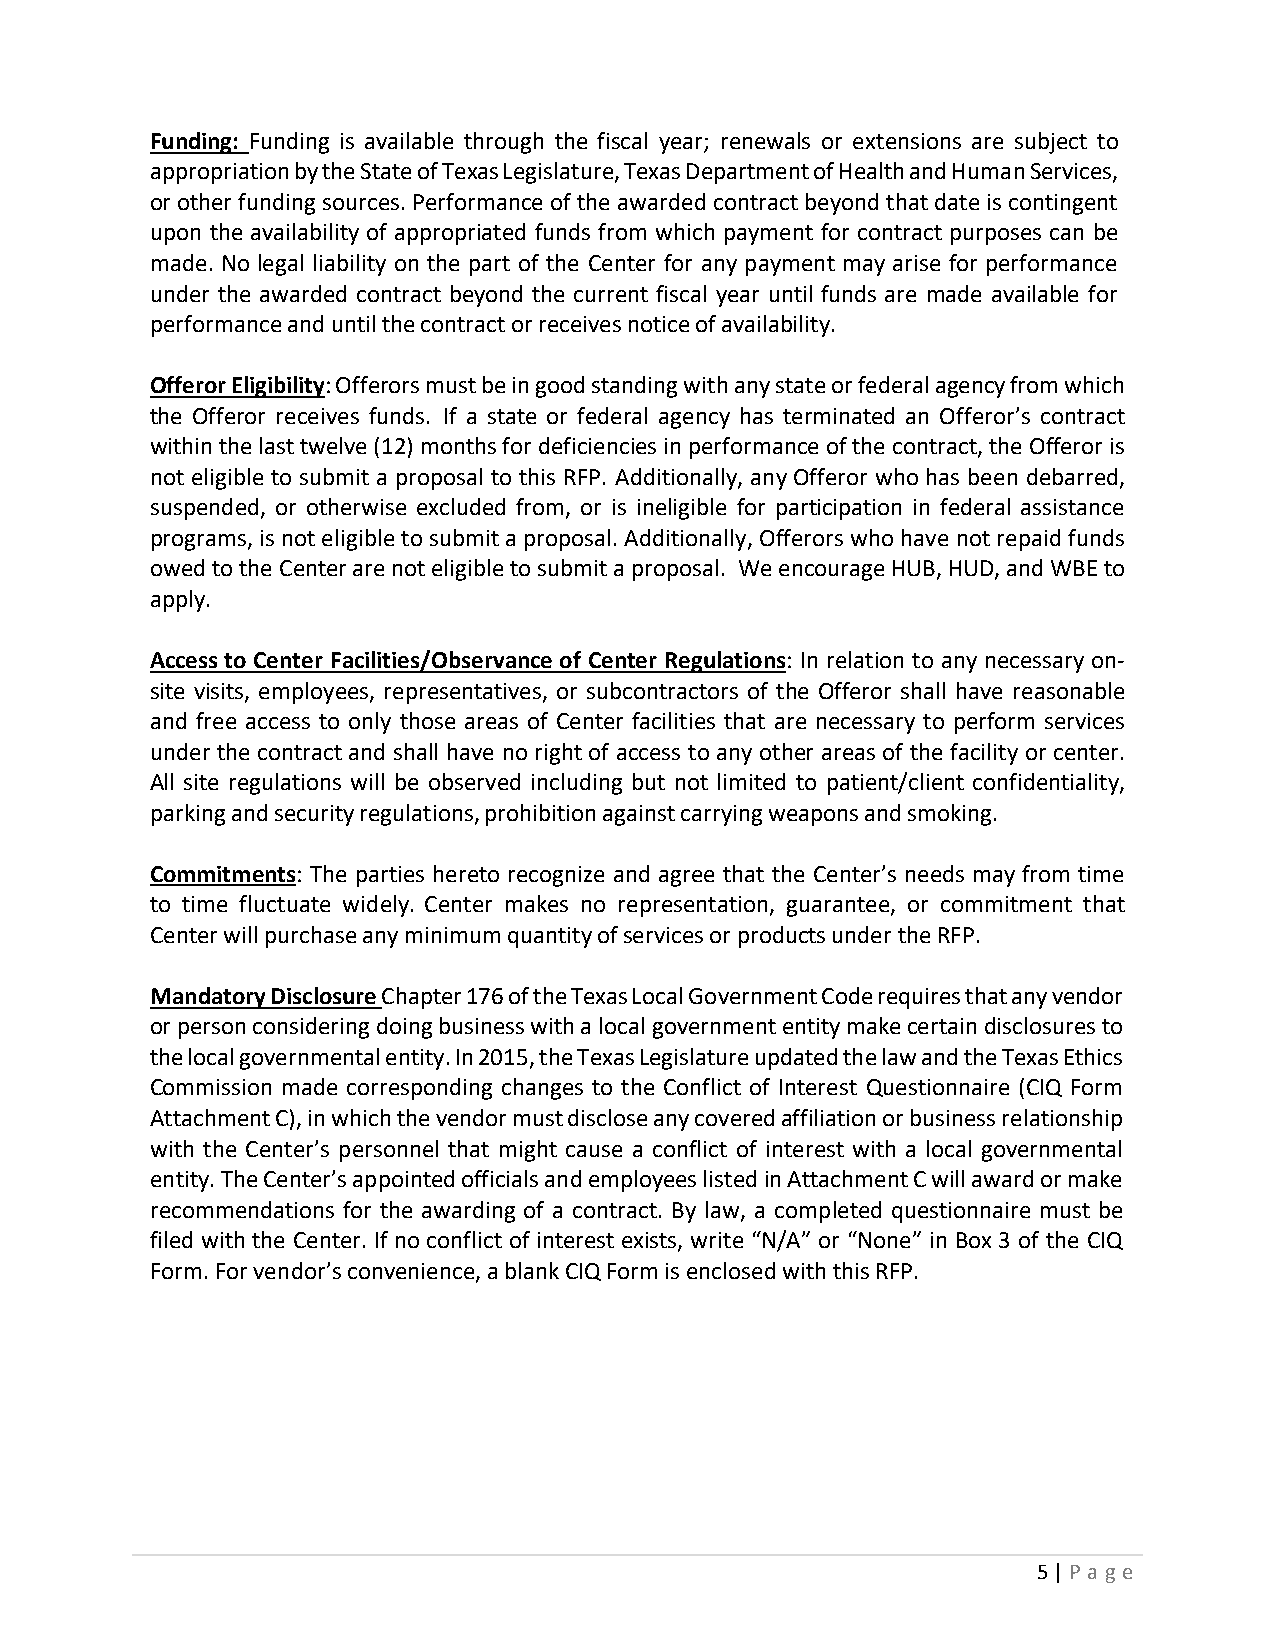
Funding: Funding is available through the fiscal year; renewals or extensions are subject to
 appropriation by the State of Texas Legislature, Texas Department of Health and Human Services,
 or other funding sources. Performance of the awarded contract beyond that date is contingent
 upon the availability of appropriated funds from which payment for contract purposes can be
 made. No legal liability on the part of the Center for any payment may arise for performance
 under the awarded contract beyond the current fiscal year until funds are made available for
 performance and until the contract or receives notice of availability.
 Offeror Eligibility: Offerors must be in good standing with any state or federal agency from which
 the Offeror receives funds. If a state or federal agency has terminated an Offeror’s contract
 within the last twelve (12) months for deficiencies in performance of the contract, the Offeror is
 not eligible to submit a proposal to this RFP. Additionally, any Offeror who has been debarred,
 suspended, or otherwise excluded from, or is ineligible for participation in federal assistance
 programs, is not eligible to submit a proposal. Additionally, Offerors who have not repaid funds
 owed to the Center are not eligible to submit a proposal. We encourage HUB, HUD, and WBE to
 apply.
 Access to Center Facilities/Observance of Center Regulations: In relation to any necessary on‐
 site visits, employees, representatives, or subcontractors of the Offeror shall have reasonable
 and free access to only those areas of Center facilities that are necessary to perform services
 under the contract and shall have no right of access to any other areas of the facility or center.
 All site regulations will be observed including but not limited to patient/client confidentiality,
 parking and security regulations, prohibition against carrying weapons and smoking.
 Commitments: The parties hereto recognize and agree that the Center’s needs may from time
 to time fluctuate widely. Center makes no representation, guarantee, or commitment that
 Center will purchase any minimum quantity of services or products under the RFP.
 Mandatory Disclosure Chapter 176 of the Texas Local Government Code requires that any vendor
 or person considering doing business with a local government entity make certain disclosures to
 the local governmental entity. In 2015, the Texas Legislature updated the law and the Texas Ethics
 Commission made corresponding changes to the Conflict of Interest Questionnaire (CIQ Form
 Attachment C), in which the vendor must disclose any covered affiliation or business relationship
 with the Center’s personnel that might cause a conflict of interest with a local governmental
 entity. The Center’s appointed officials and employees listed in Attachment C will award or make
 recommendations for the awarding of a contract. By law, a completed questionnaire must be
 filed with the Center. If no conflict of interest exists, write “N/A” or “None” in Box 3 of the CIQ
 Form. For vendor’s convenience, a blank CIQ Form is enclosed with this RFP.
 5 | P a g e